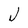
Character: J